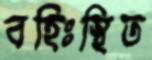
বহিঃস্থিত